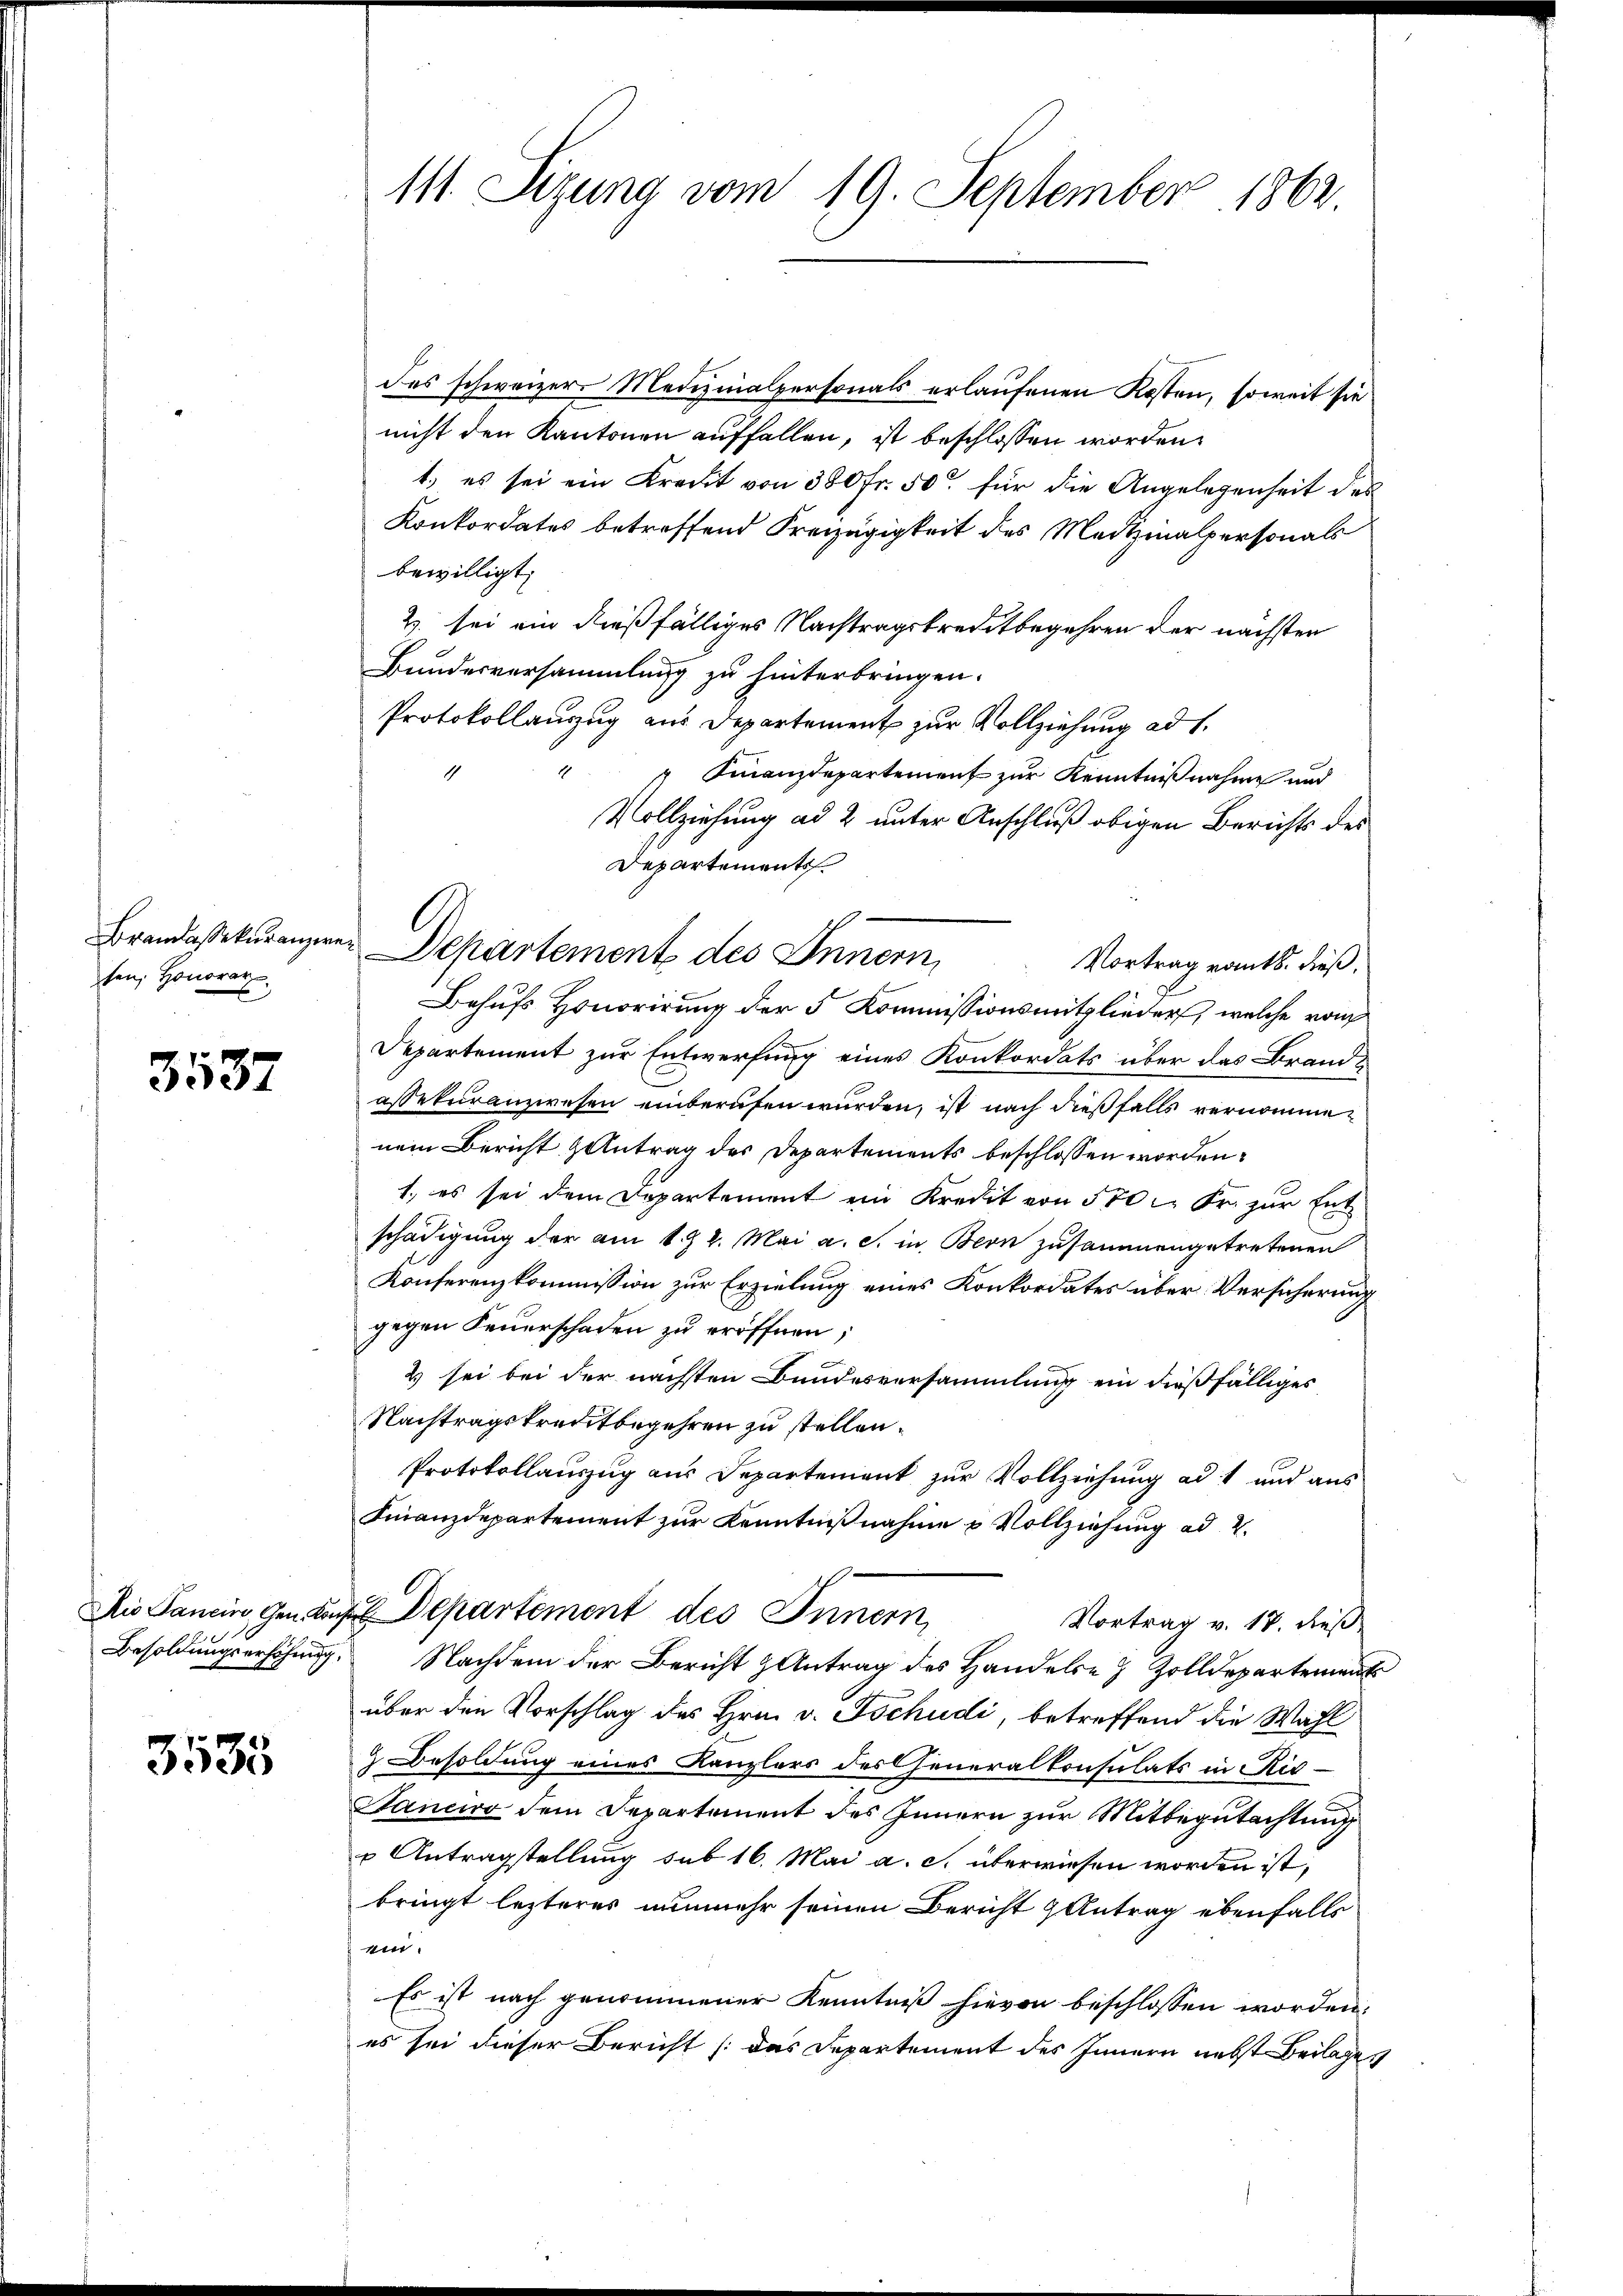
sen, Honorar

3537

3535

111. Sizung vom 19. September 1862.

des schweizer Medizinalpersonals erlaufenen Kosten, soweit sie
nicht den Kantonen auffallen, ist beschlossen worden.
1., es sei ein Kredit von 380 fr. 50 für die Angelegenheit des
Konkordates betreffend Freizügigkeit des Medizinalpersonals
bewilligt.
2. sei ein dießfälliges Nachtragskreditbegehren der nächsten
Bundesversammlung zu hinterbringen.
Protokollauszug aus Departement zur Vollziehung ad 1.
3
Finanzdepartement zur Kenntnißnahme und
Vollziehung ad 2 unter Anschluß obigen Berichts des
Departements
Brandasekuranzen. Departement des Innern,
Vortrag vom 18. dieß,
Behufs Honorirung der 5 Kommissionsmitglieder, welche vom
Departement zur Entwerfung eines Konkordats über das Brandassekuranzwesen einberufen würden, ist nach dießfalls vernommenem Bericht Antrag des Departements beschlossen worden.
1., es sei dem Departement ein Kredit von 500 Fr. zur Ent
schädigung der am 1. 2. Mai a. c. in Bern zusammengetretenen
Konferenzkommission zur Erzielung eines Konkordates über Versicherung
gegen Feuerschaden zu eröffnen;
2) sei bei der nächsten Bundesversammlung ein dießfälliges
Nachtragskreditbegehren zu stellen.
Protokollauszug aus Departement zur Vollziehung ad 1 und aus
Finanzdepartement zur Kenntnißnahme u Vollziehung ad 2.
Dio Sanein, den Sache Departement des Innern,
Vortrag v. 17. dieß
Besoldungserhöhung. Nachdem der Bericht & Antrag des Handels- & Zolldepartement
über den Vorschlag des Hrn. v. Tschudi, betreffend die Wahl
 Besoldung eines Kanzlers des Generalkonsulats in Ris-
Sancivo dem Departement des Innern zur Mitbegutachtung
 Antragstellung sub 16. Mai a. c. überwiesen worden ist,
bringt lezteres nunmehr seinen Bericht & Antrag ebenfalls
.
Es ist nach genommener Kenntniß hievon beschlossen worden.
es sei dieser Bericht (das Departement des Innern nebst Beilages